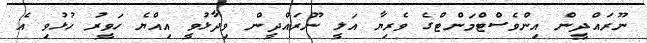
ނޫރައްދީން އިންވެސްޓްމަންޓްގެ ވެރިޔާ އަލީ ނޫރައްދީން ވިދާޅުވީ އިއްޔެ ހަވީރު ހުޅުވި އެ